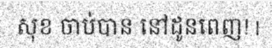
សុខ ចាប់បាន នៅដូនពេញ! |